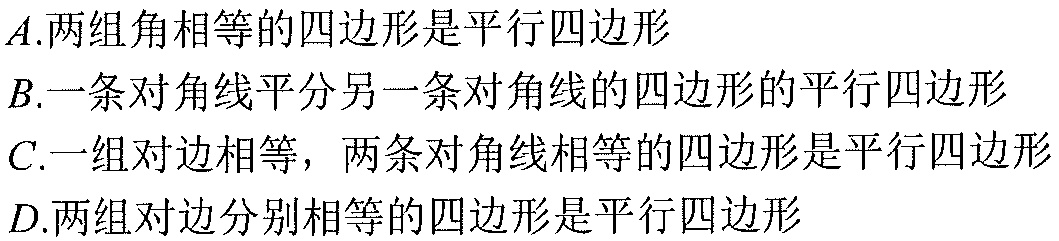
$A.$两组角相等的四边形是平行四边形
$B.$一条对角线平分另一条对角线的四边形的平行四边形
$C.$一组对边相等，两条对角线相等的四边形是平行四边形
$D.$两组对边分别相等的四边形是平行四边形